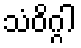
သံဝိဂ္ဂါ